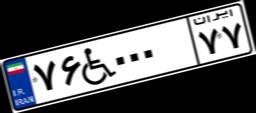
۰۶W۳۱۶۲۸